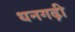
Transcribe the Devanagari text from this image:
धनगढ़ी